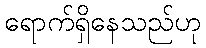
ရောက်ရှိနေသည်ဟု